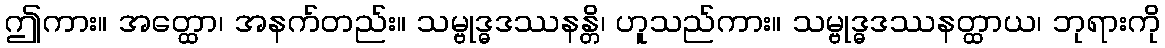
ဤကား။ အတ္ထော၊ အနက်တည်း။ သမ္ဗုဒ္ဓဒဿနန္တိ၊ ဟူသည်ကား။ သမ္ဗုဒ္ဓဒဿနတ္ထာယ၊ ဘုရားကို